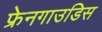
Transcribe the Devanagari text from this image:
फ्रेनगाउडिस